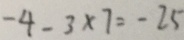
- 4 - 3 \times 7 = - 2 5